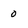
Character: 0